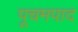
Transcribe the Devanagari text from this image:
पूचमपाद